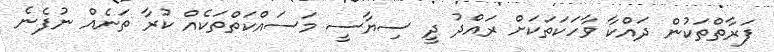
ފަރާތްތަކުން ދައްކާ ވާހަކަތަކަށް ރައްދު ދީ ސިޔާސީ މަސައްކަތްތަކެއް ކުރާ ތަނެއް ނުފެނެ